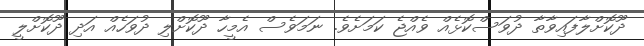
ދޫކޮށްލާފައިވާތާ ދުވަސްކޮޅެއް ވެއްޖެ ކަމަށެވެ. ނަމަވެސް އެމީހާ ދޫކޮށްލި ދުވަހެއް އަދި ދޫކޮށްލީ